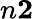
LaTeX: n\le 2